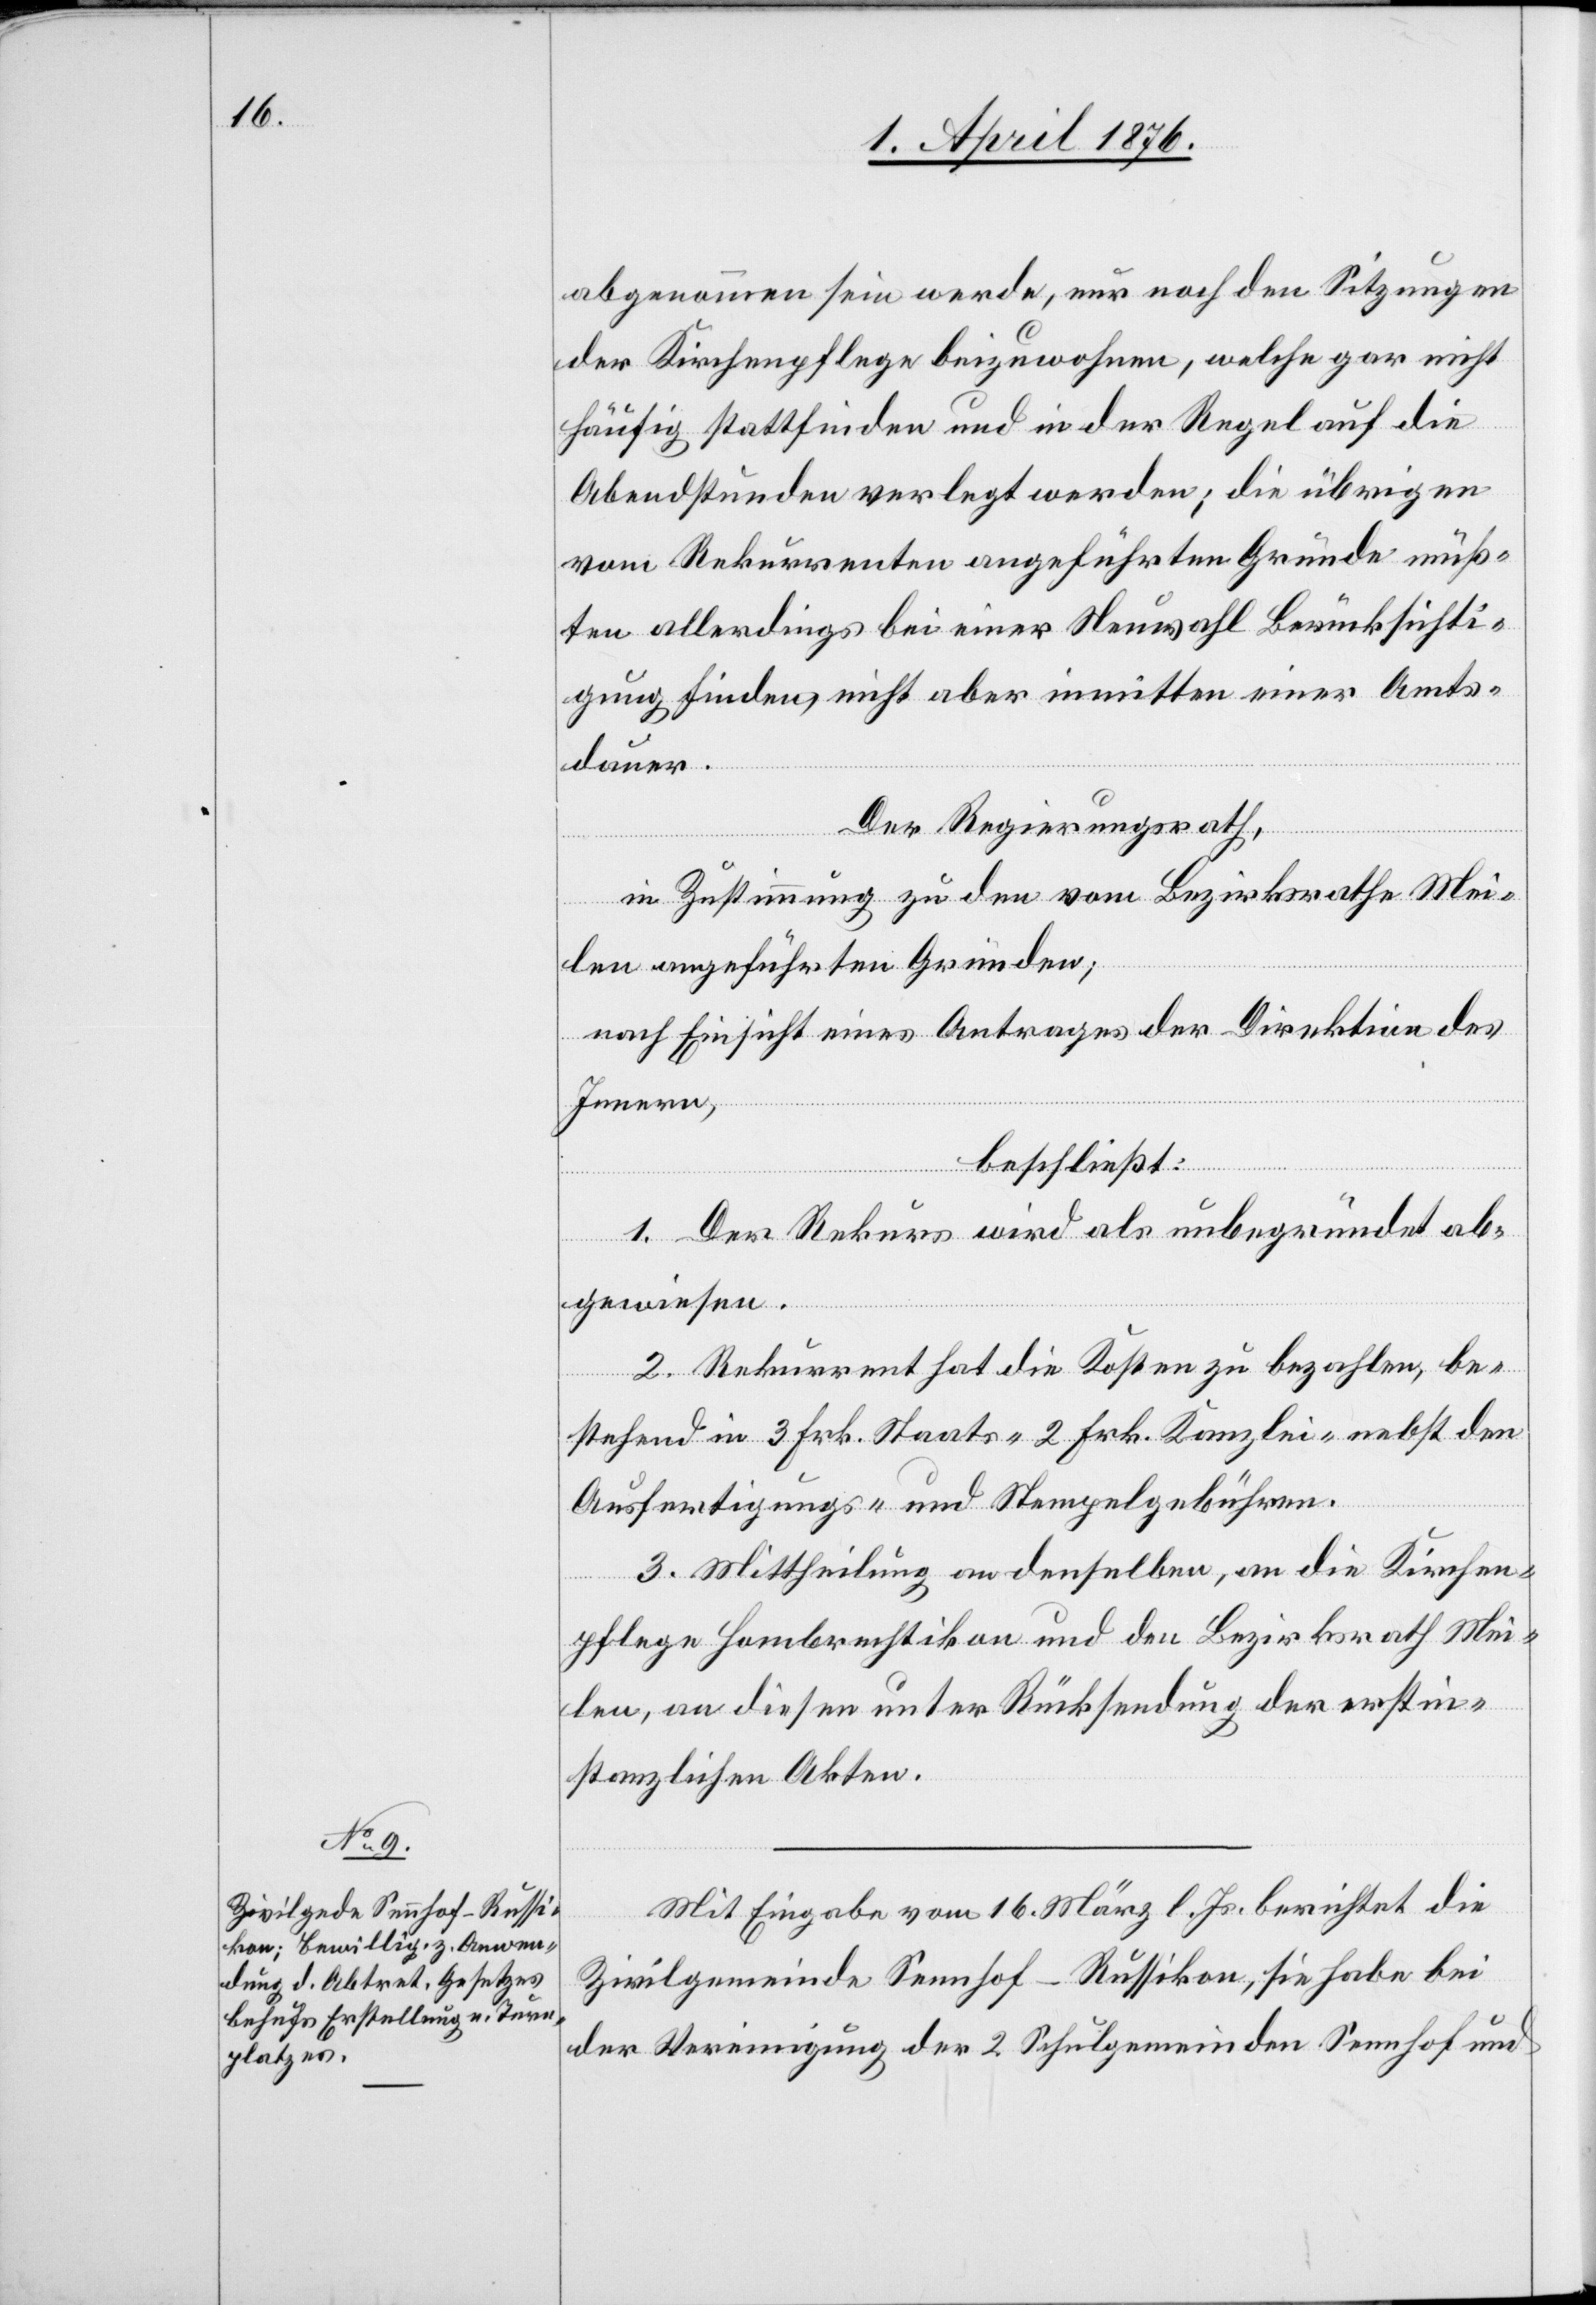
abgenommen sein werde, nur noch den Sitzungen
der Kirchenpflege beizuwohnen, welche gar nicht
häufig stattfinden und in der Regel auf die
Abendstunden verlegt werden,; die übrigen
vom Rekurrenten angeführten Gründe müß¬
ten allerdings bei einer Neuwahl Berücksichti¬
gung finden, nicht aber inmitten einer Amts¬
dauer.
Der Regierungsrath,
in Zustimmung zu den vom Bezirksrath Mei¬
len angeführten Gründen;
nach Einsicht eines Antrages der Direktion des
Innern,
beschließt::
1. Der Rekurs wird als unbegründet ab¬
gewiesen.
2. Rekurrent hat die Kosten zu bezahlen, be¬
stehend in 3 Frk. Staats- 2 Frk. Kanzlei- nebst den
Ausfertigungs- und Stempelgebühren.
3. Mittheilung an denselben, an die Kirchen¬
pflege Hombrechtikon und den Bezirksrath Mei¬
len, an diesen unter Rücksendung der erstin¬
stanzlichen Akten.
Mit Eingabe vom 16. März l. Js. berichtet die
Zivilgemeinde Sennhof-Russikon, sie habe bei
der Vereinigung der 2 Schulgemeinden Sennhof und